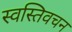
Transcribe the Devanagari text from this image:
स्वस्तिवचन